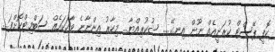
ކޮޕީ ޕޭސްޓް ކުރަނީއެއް ނޫން އިނގޭ..... ޝުކުރިއްޔާ... މިހާރު އިންނާނެ ވާހަކައެއް ސަބްމިޓްކޮށްފަ....